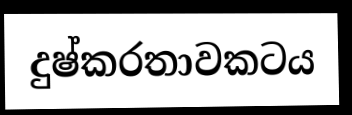
දුෂ්කරතාවකටය